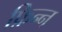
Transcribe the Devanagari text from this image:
फ़िन्न